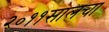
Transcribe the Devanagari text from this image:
२०११सालचा